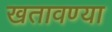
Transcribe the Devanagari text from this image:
खतावण्या